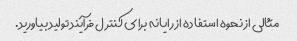
مثالی از نحوه استفاده از رایانه برای کنترل فرآیند تولید بیاورید.